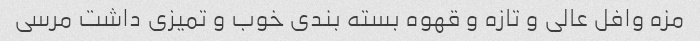
مزه وافل عالی و تازه و قهوه بسته بندی خوب و تمیزی داشت مرسی